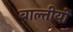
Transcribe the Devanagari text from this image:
बाल्तीयों